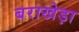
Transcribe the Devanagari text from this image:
बराखेड़ा